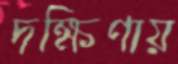
দক্ষিণায়